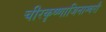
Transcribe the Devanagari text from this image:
चीरकृष्णाजिनाम्बरौ